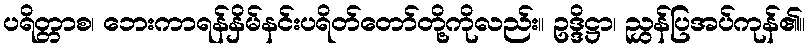
ပရိတ္တာစ၊ ဘေးကာရန်နှိမ်နင်းပရိတ်တော်တို့ကိုလည်း။ ဥဒ္ဒိဋ္ဌာ၊ ညွှန်ပြအပ်ကုန်၏။